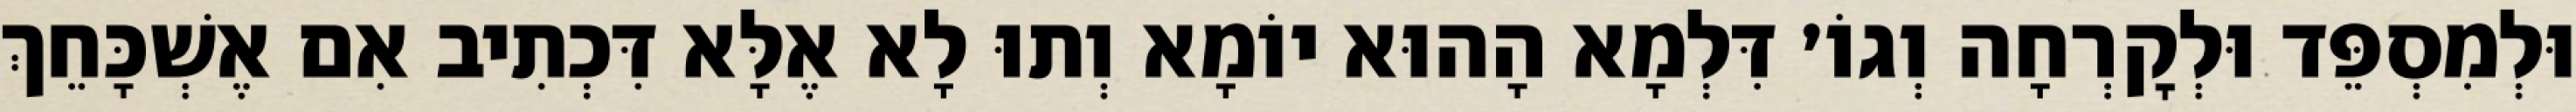
וּלְמִסְפֵּד וּלְקׇרְחָה וְגוֹ׳ דִּלְמָא הָהוּא יוֹמָא וְתוּ לָא אֶלָּא דִּכְתִיב אִם אֶשְׁכָּחֵךְ